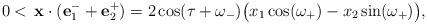
LaTeX: \begin{align*}0< \,\mathbf{x}\cdot (\mathbf{e}_1^-+\mathbf{e}_2^+)= 2\cos(\tau+\omega_-)\big(x_1\cos(\omega_+)-x_2\sin(\omega_+) \big),\end{align*}